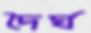
দৈর্ঘ